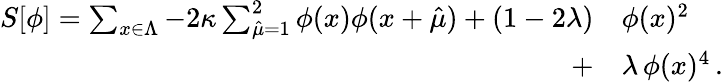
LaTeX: \begin{array}{rl}{S[\phi]=\sum_{x\in\Lambda}-2\kappa\sum_{\hat{\mu}=1}^{2}\phi(x)\phi(x+\hat{\mu})+(1-2\lambda)}&{{}\phi(x)^{2}}\\ {+}&{{}\lambda\, \phi(x)^{4}\, .}\end{array}